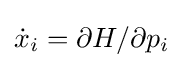
{\dot {x}}_{i}=\partial H/\partial p_{i}